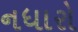
નધારો